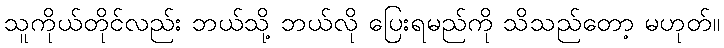
သူကိုယ်တိုင်လည်း ဘယ်သို့ ဘယ်လို ပြေးရမည်ကို သိသည်တော့ မဟုတ်။